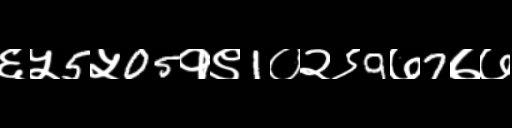
Text: ६५5५05१९1०२९9७7७७